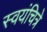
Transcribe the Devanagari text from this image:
स्वयंचित्रे